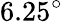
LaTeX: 6.25^{\circ}